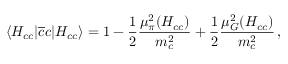
\langle H _ { c c } | \overline { { { c } } } c | H _ { c c } \rangle = 1 - \frac { 1 } { 2 } \frac { \mu _ { \pi } ^ { 2 } ( H _ { c c } ) } { m _ { c } ^ { 2 } } + \frac { 1 } { 2 } \frac { \mu _ { G } ^ { 2 } ( H _ { c c } ) } { m _ { c } ^ { 2 } } \, ,